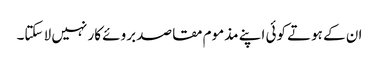
ان کے ہوتے کوئی اپنے مذموم مقاصد بروئے کار نہیں لا سکتا۔